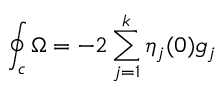
\oint _ { c } \Omega = - 2 \sum _ { j = 1 } ^ { k } \eta _ { j } ( 0 ) g _ { j }